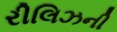
રીલિઝની